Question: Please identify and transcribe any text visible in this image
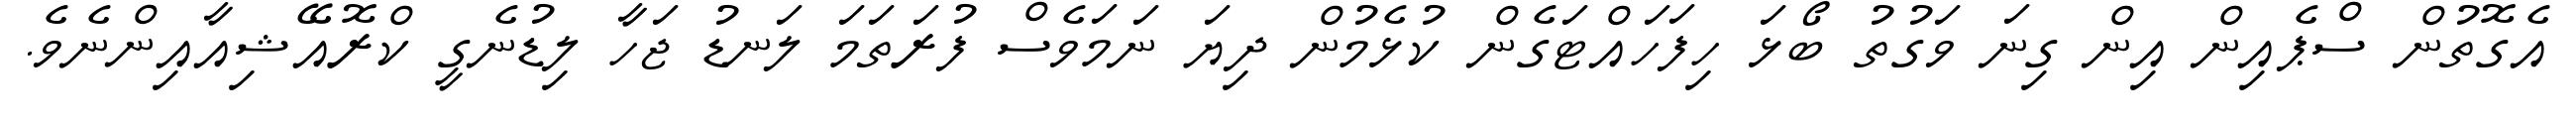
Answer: އެގޮތުން ސްޕެއިން އިން ގިނަ ވަގުތު ބޯޅަ ހިފަހައްޓަގެން ކުޅެމުން ދިޔަ ނަމަވެސް ފުރަތަމަ ލަނޑު ޖަހާ ލިޑުނެގީ ކްރޮއޭޝިއާއިންނެވެ.